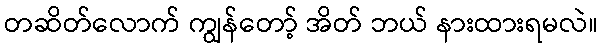
တဆိတ်လောက် ကျွန်တော့် အိတ် ဘယ် နားထားရမလဲ။